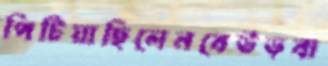
পিটিয়াছিলেনবেউড়বা